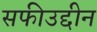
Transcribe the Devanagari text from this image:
सफीउद्दीन